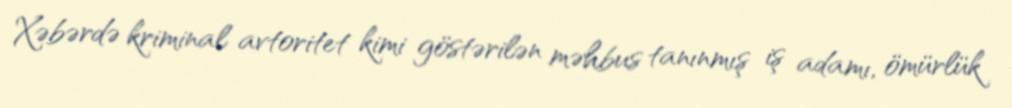
Xəbərdə kriminal avtoritet kimi göstərilən məhbus tanınmış iş adamı, ömürlük